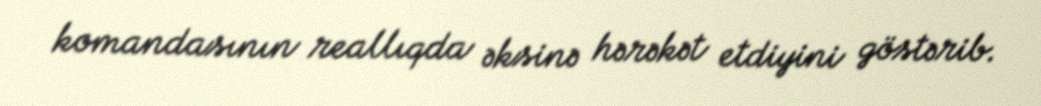
komandasının reallıqda əksinə hərəkət etdiyini göstərib.